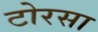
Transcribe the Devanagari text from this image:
टोरसा